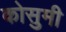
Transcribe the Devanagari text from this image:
कोसुमी